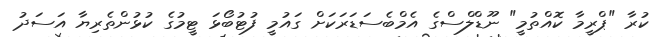
ކުރާ "ޕްރީމާ ކޮއްތުމީ" ނޫޑްލްސްގެ އެމްބެސަޑަރަކަށް ގައުމީ ފުޓުބޯޅަ ޓީމުގެ ކުޅުންތެރިޔާ އަސަދު